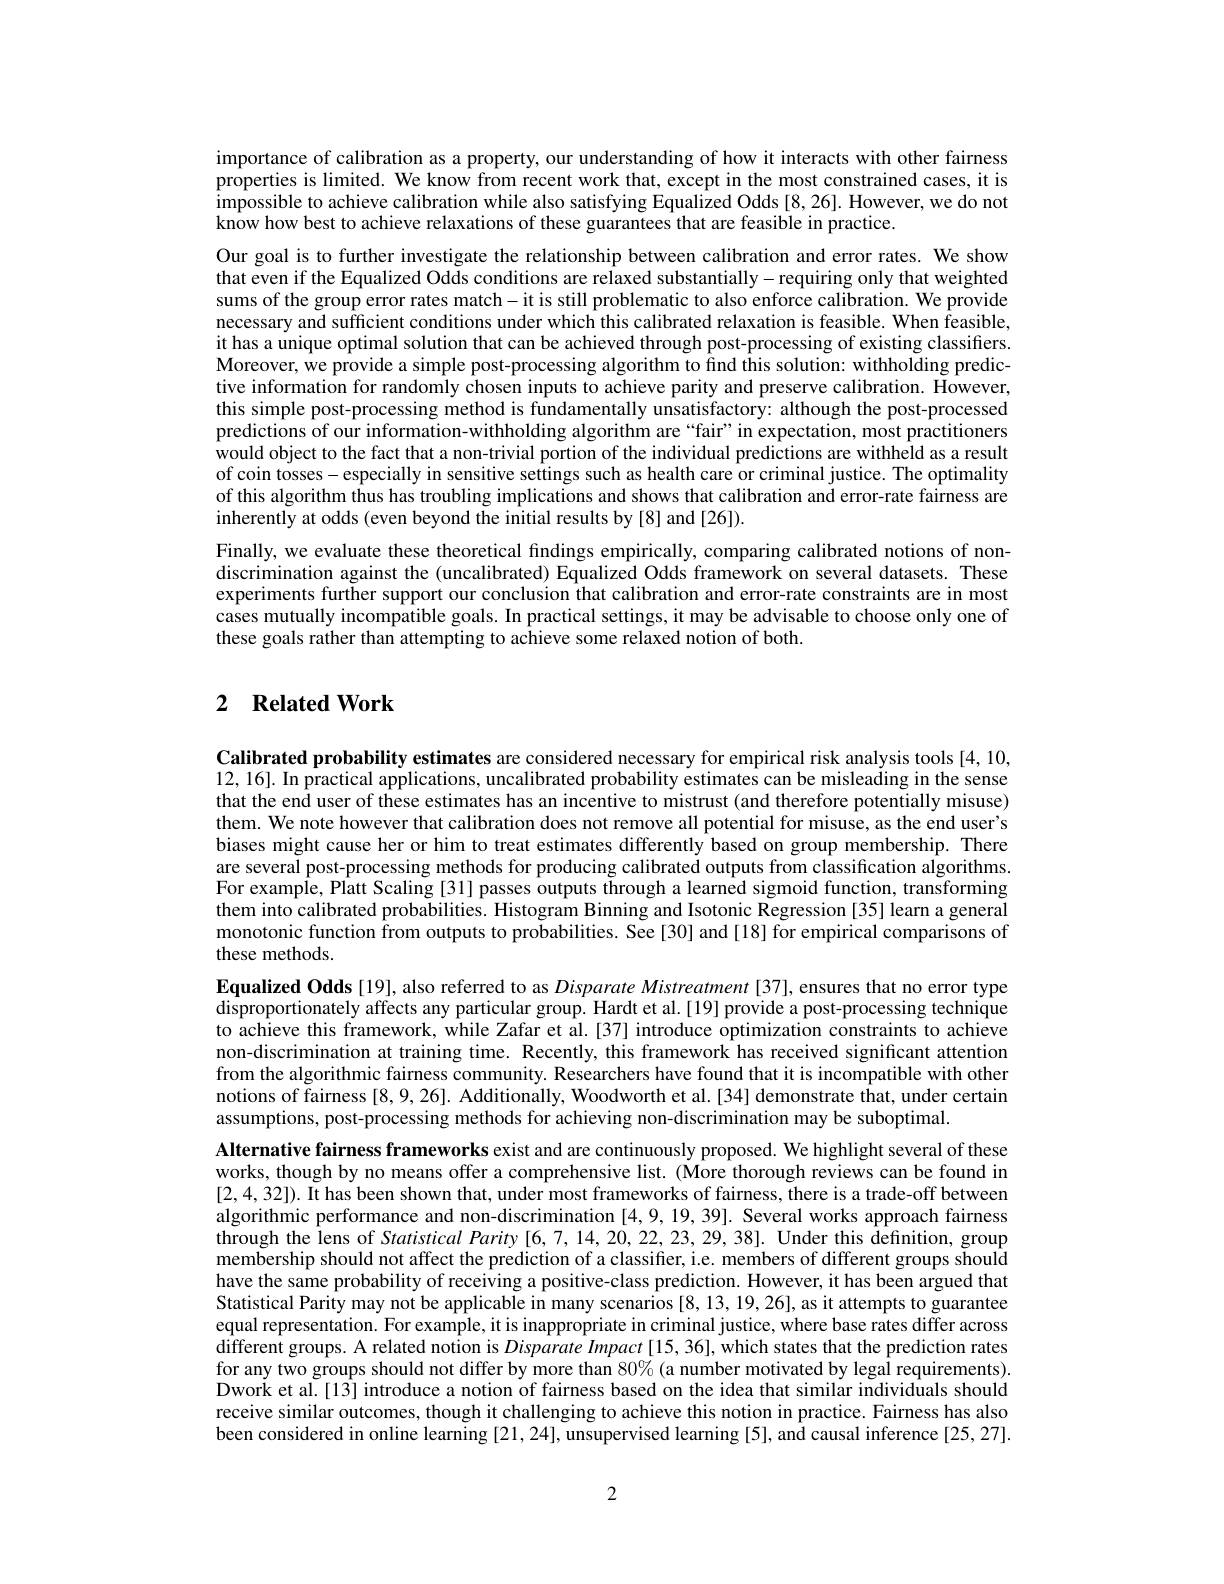
importance of calibration as a property, our understanding of how it interacts with other fairness properties is limited. We know from recent work that, except in the most constrained cases, it is impossible to achieve calibration while also satisfying Equalized Odds [8,26]. However, we do not know how best to achieve relaxations of these guarantees that are feasible in practice.

Our goal is to further investigate the relationship between calibration and error rates. We show that even if the Equalized Odds conditions are relaxed substantially-requiring only that weighted sums of the group error rates match- it is still problematic to also enforce calibration. We provide necessary and sufficient conditions under which this calibrated relaxation is feasible. When feasible, it has a unique optimal solution that can be achieved through post-processing of existing classiffers. Moreover, we provide a simple post-processing algorithm to find this solution: withholding predictive information for randomly chosen inputs to achieve parity and preserve calibration. However, this simple post-processing method is fundamentally unsatisfactory: although the post-processed predictions of our information-withholding algorithm are“fair”in expectation, most practitioners would object to the fact that a non-trivial portion of the individual predictions are withheld as a result of coin tosses- especially in sensitive settings such as health care or criminal justice. The optimality of this algorithm thus has troubling implications and shows that calibration and error-rate fairness are inherently at odds (even beyond the initial results by [8] and [26]).
Finally, we evaluate these theoretical findings empirically, comparing calibrated notions of nondiscrimination against the (uncalibrated) Equalized Odds framework on several datasets. These experiments further support our conclusion that calibration and error-rate constraints are in most cases mutually incompatible goals. In practical settings, it may be advisable to choose only one of

these goals rather than attempting to achieve some relaxed notion of both.

## 2 $\textbf{Related Work}$

Calibrated probability estimates are considered necessary for empirical risk analysis tools [4,10, 12,16]. In practical applications, uncalibrated probability estimates can be misleading in the sense that the end user of these estimates has an incentive to mistrust (and therefore potentially misuse) them. We note however that calibration does not remove all potential for misuse, as the end user's biases might cause her or him to treat estimates differently based on group membership. There are several post-processing methods for producing calibrated outputs from classification algorithms. For exampÎe, Platt Scaling [31] passes outputs through a learned sigmoid function, transforming them into calibrated probabilities. Histogram Binning and Isotonic Regression [35] learn a general monotonic function from outputs to probabilities. See[30] and[18] for empirical comparisons of these methods.
Equalized Odds [19], also referred to as Disparate Mistreatment [37], ensures that no error type disproportionately affects any particular group. Hardt et al.[19] provide a post-processing technique to achieve this framework, while Zafar et al.[37] introduce optimization constraints to achieve non-discrimination at training time. Recently, this framework has received significant attention from the algorithmic fairness community. Researchers have found that it is incompatible with other notions of fairness [8,9,26]. Additionally, Woodworth et al.[34] demonstrate that, under certain assumptions, post-processing methods for achieving non-discrimination may be suboptimal
Alternative fairness frameworks exist and are continuously proposed. We highlight several of these works, though by no means offer a comprehensive list. (More thorough reviews can be found in [2,4,32]). It has been shown that, under most frameworks of fairness, there is a trade-off between algorithmic performance and non-discrimination [4,9,19,39]. Several works approach fairness through the lens of Statistical Parity [6,7,14,20,22,23,29,38]. Under this definition, group membership should not affect the prediction of a classifier, i.e. members of different groups should have the same probability of receiving a positive-class prediction. However, it has been argued that Statistical Parity may not be applicable in many scenarios [8,13,19,26],as it attempts to guarantee equal representation. For example, it is inappropriate in criminal justice, where base rates differ across different groups. A related notion is Disparate Impact [15, 36], which states that the prediction rates for any two groups should not differ by more than 80% (a number motivated by legal requirements). Dwork et al.[13] introduce a notion of fairness based on the idea that similar individuals should receive similar outcomes, though it challenging to achieve this notion in practice. Fairness has also been considered in online learning [21,24], unsupervised learning [5], and causal inference [25,27].

2